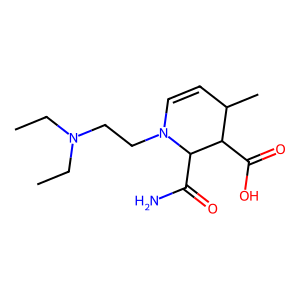
SMILES: CCN(CC)CCN1C=CC(C)C(C(=O)O)C1C(N)=O
Inhibits HIV replication: No